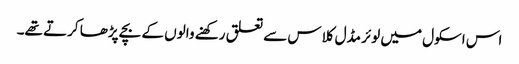
اس اسکول میں لوئر مڈل کلاس سے تعلق رکھنے والوں کے بچے پڑھا کرتے تھے۔